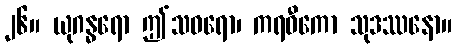
၂၆။ ယုဂန္ဓရော ဤသဓရော၊ ကရဝီကော သုဒဿနော။